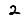
Digit: 2